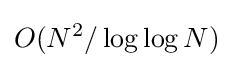
O({N^{2}}/\log \log N)